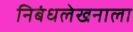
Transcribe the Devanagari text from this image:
निबंधलेखनाला